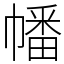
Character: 幡